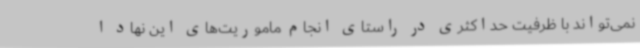
نمی‌تواند با ظرفیت حداکثری در راستای انجام ماموریت‌های این نهاد ا